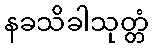
နခသိခါသုတ္တံ